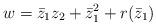
LaTeX: \begin{align*}w = \bar{z}_1 z_2 + \bar{z}_1^2 + r(\bar{z}_1)\end{align*}